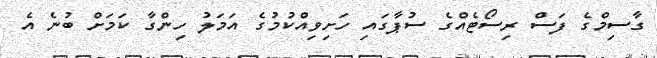
ގާސިމްގެ ފަސް ރިސޯޓެއްގެ ސުޕާގައި ހަށިވިއްކުމުގެ އަމަލު ހިންގާ ކަމަށް ބުނެ އެ